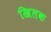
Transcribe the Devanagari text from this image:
खिलक